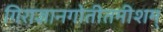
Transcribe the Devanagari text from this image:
गिराज्ञानगोतीतमीशम्